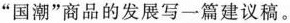
”国潮”商品的发展写一篇建议稿。